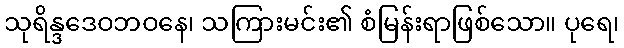
သုရိန္ဒဒေဝဘဝနေ၊ သကြားမင်း၏ စံမြန်းရာဖြစ်သော။ ပုရေ၊